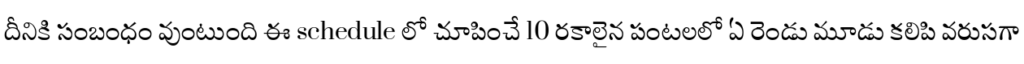
దీనికి సంబంధం వుంటుంది ఈ schedule లో చూపించే 10 రకాలైన పంటలలో ఏ రెండు మూడు కలిపి వరుసగా